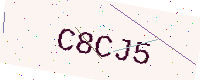
Text: C8CJ5